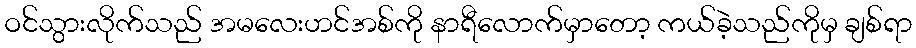
ဝင်သွားလိုက်သည် အမလေးဟင်အစ်ကို နာရီလောက်မှာတော့ ကယ်ခဲ့သည်ကိုမှ ချစ်ရာ